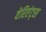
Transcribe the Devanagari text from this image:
वेरिएंट्स